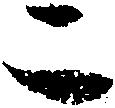
二